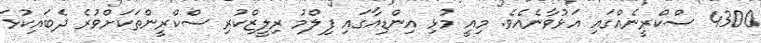
4300 ސްކްރީނެއްގައި އަޅުވާނެއެވެ. މިއީ މުޅި އިންޑިއާގައި ފިލްމު ރިލީޒްކުރި ސްކްރީންތަކަށްވުރެ ދެބައިކުޅަ